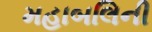
મહાબલિની